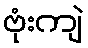
ဗုံးကျဲ